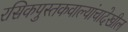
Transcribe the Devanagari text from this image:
रसिकपुस्तकवाल्यांचादेखील